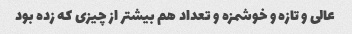
عالی و تازه و خوشمزه و تعداد هم بیشتر از چیزی که زده بود